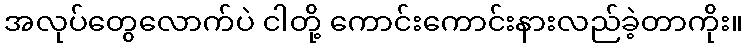
အလုပ်တွေလောက်ပဲ ငါတို့ ကောင်းကောင်းနားလည်ခဲ့တာကိုး။